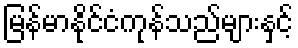
မြန်မာနိုင်ငံကုန်သည်များနှင့်